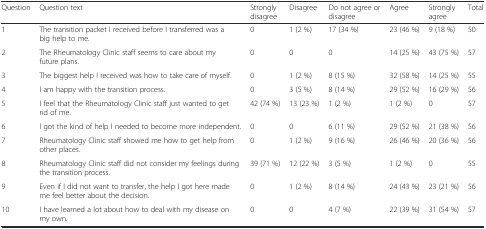
| Question | Question text | Strongly disagree | Disagree | Do not agree or disagree | Agree | Strongly agree | Total |
 | --- | --- | --- | --- | --- | --- | --- | --- |
 | 1 | The transition packet I received before I transferred was a big help to me. | 0 | 1 (2 %) | 17 (34 %) | 23 (46 %) | 9 (18 %) | 50 |
 | 2 | The Rheumatology Clinic staff seems to care about my future plans. | 0 | 0 | 0 | 14 (25 %) | 43 (75 %) | 57 |
 | 3 | The biggest help I received was how to take care of myself. | 0 | 1 (2 %) | 8 (15 %) | 32 (58 %) | 14 (25 %) | 55 |
 | 4 | I am happy with the transition process. | 0 | 3 (5 %) | 8 (14 %) | 29 (52 %) | 16 (29 %) | 56 |
 | 5 | I feel that the Rheumatology Clinic staff just wanted to get rid of me. | 42 (74 %) | 13 (23 %) | 1 (2 %) | 1 (2 %) | 0 | 57 |
 | 6 | I got the kind of help I needed to become more independent. | 0 | 0 | 6 (11 %) | 29 (52 %) | 21 (38 %) | 56 |
 | 7 | Rheumatology Clinic staff showed me how to get help from other places. | 0 | 1 (2 %) | 9 (16 %) | 26 (46 %) | 20 (36 %) | 56 |
 | 8 | Rheumatology Clinic staff did not consider my feelings during the transition process. | 39 (71 %) | 12 (22 %) | 3 (5 %) | 1 (2 %) | 0 | 55 |
 | 9 | Even if I did not want to transfer, the help I got here made me feel better about the decision. | 0 | 1 (2 %) | 8 (14 %) | 24 (43 %) | 23 (21 %) | 56 |
 | 10 | I have learned a lot about how to deal with my disease on my own. | 0 | 0 | 4 (7 %) | 22 (39 %) | 31 (54 %) | 57 |